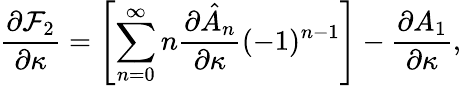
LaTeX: \frac{\partial\mathcal{F}_{2}}{\partial\kappa}=\left[\sum_{n=0}^{\infty}n\frac{\partial\hat{A}_{n}}{\partial\kappa}(-1)^{n-1}\right]-\frac{\partial A_{1}}{\partial\kappa},